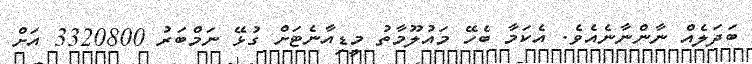
ބަދަލެއް ނާންނާނެއެވެ. އެކަމާ ބެހޭ މައުލޫމާތު މީޑިއާނެޓަށް ގުޅޭ ނަމްބަރު 3320800 އަށް